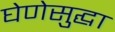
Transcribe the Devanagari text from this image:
घेणेसुद्घा